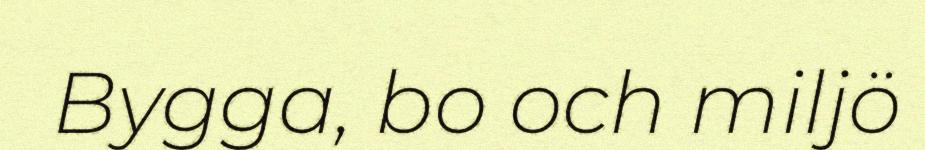
Bygga, bo och miljö